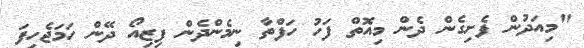
"މިއަދުން ފެށިގެން ދެން މިއޮތް ފަހު ހަފްތާ ނިމެންދެން ފިޒިއޯ ދޭން ހަމަޖެހިފަ